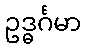
ဥဒ္ဓင်္ဂမာ